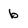
Character: b